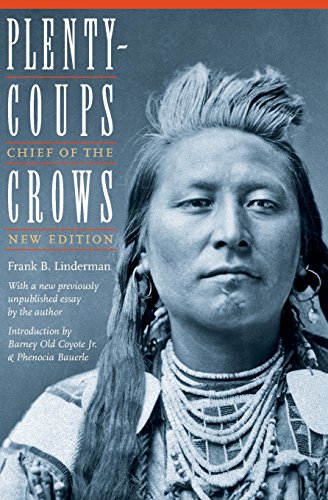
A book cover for Plenty-Coups: Chief of the Crows; Frank B. Linderman; Biographies & Memoirs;